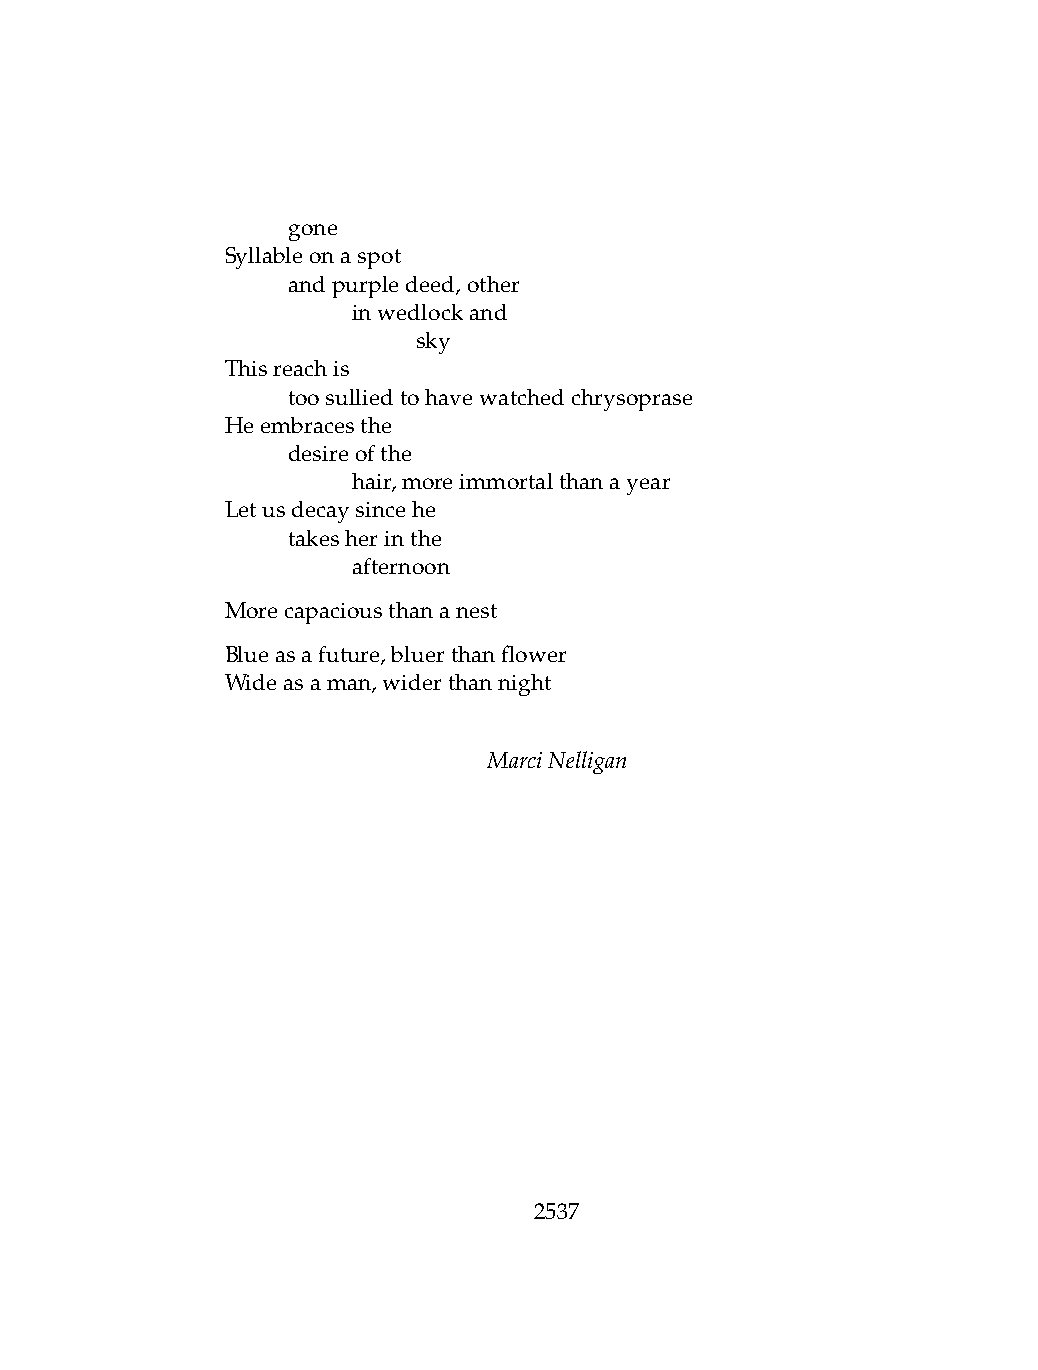
.   gone
 Syllableonaspot
 .   andpurpledeed,other
 .   .   inwedlockand
 .   .   .    sky
 Thisreachis
 .   toosulliedtohavewatchedchrysoprase
 Heembracesthe
 .   desireofthe
 .   .   hair,moreimmortalthanayear
 Letusdecaysincehe
 .   takesherinthe
 .   .   afternoon
 Morecapaciousthananest
 Blueasafuture,bluerthanflower
 Wideasaman,widerthannight
 MarciNelligan
 2537